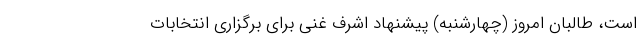
است، طالبان امروز (چهارشنبه) پیشنهاد اشرف غنی برای برگزاری انتخابات